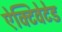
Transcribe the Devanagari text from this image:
ऐक्टिवेटेड